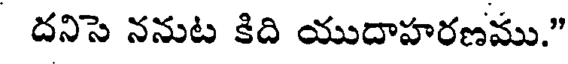
దనిసె ననుట కిది యుదాహరణము."